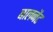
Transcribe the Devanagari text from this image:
बालनैट